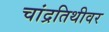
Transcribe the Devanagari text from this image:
चांद्रतिथीवर